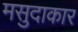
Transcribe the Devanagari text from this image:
मसुदाकार